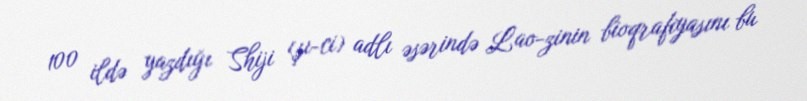
100 ildə yazdığı Shiji (şı-ci) adlı əsərində Lao-zinin bioqrafiyasını bu